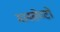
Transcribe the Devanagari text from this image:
मानसेण्टो